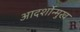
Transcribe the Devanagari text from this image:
आदर्शोन्‍मुख